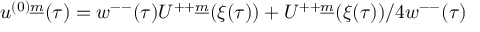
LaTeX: u ^ { ( 0 ) \underline { { { m } } } } ( \tau ) = w ^ { -- } ( \tau ) U ^ { + + \underline { { { m } } } } ( \xi ( \tau ) ) + U ^ { + + \underline { { { m } } } } ( \xi ( \tau ) ) / 4 w ^ { -- } ( \tau )